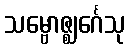
သမ္ဗောဇ္ဈင်္ဂေသု